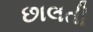
છાલતી